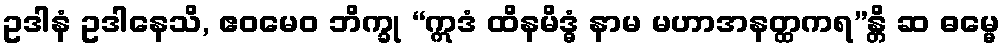
ဥဒါနံ ဥဒါနေသိ, ဧဝမေဝ ဘိက္ခု “ဣဒံ ထိနမိဒ္ဓံ နာမ မဟာအနတ္ထကရ”န္တိ ဆ ဓမ္မေ